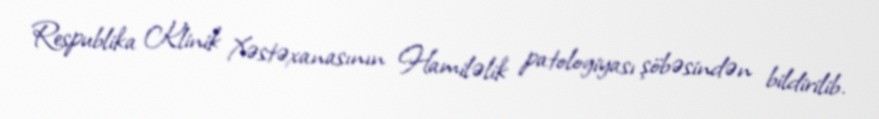
Respublika Klinik Xəstəxanasının Hamiləlik patologiyası şöbəsindən bildirilib.